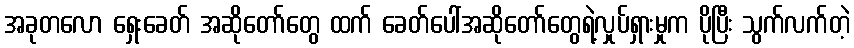
အခုတလော ရှေးခေတ် အဆိုတော်တွေ ထက် ခေတ်ပေါ်အဆိုတော်တွေရဲ့လှုပ်ရှားမှုက ပိုပြီး သွက်လက်တဲ့